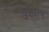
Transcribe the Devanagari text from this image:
जैसराज